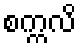
စက္ကလိ